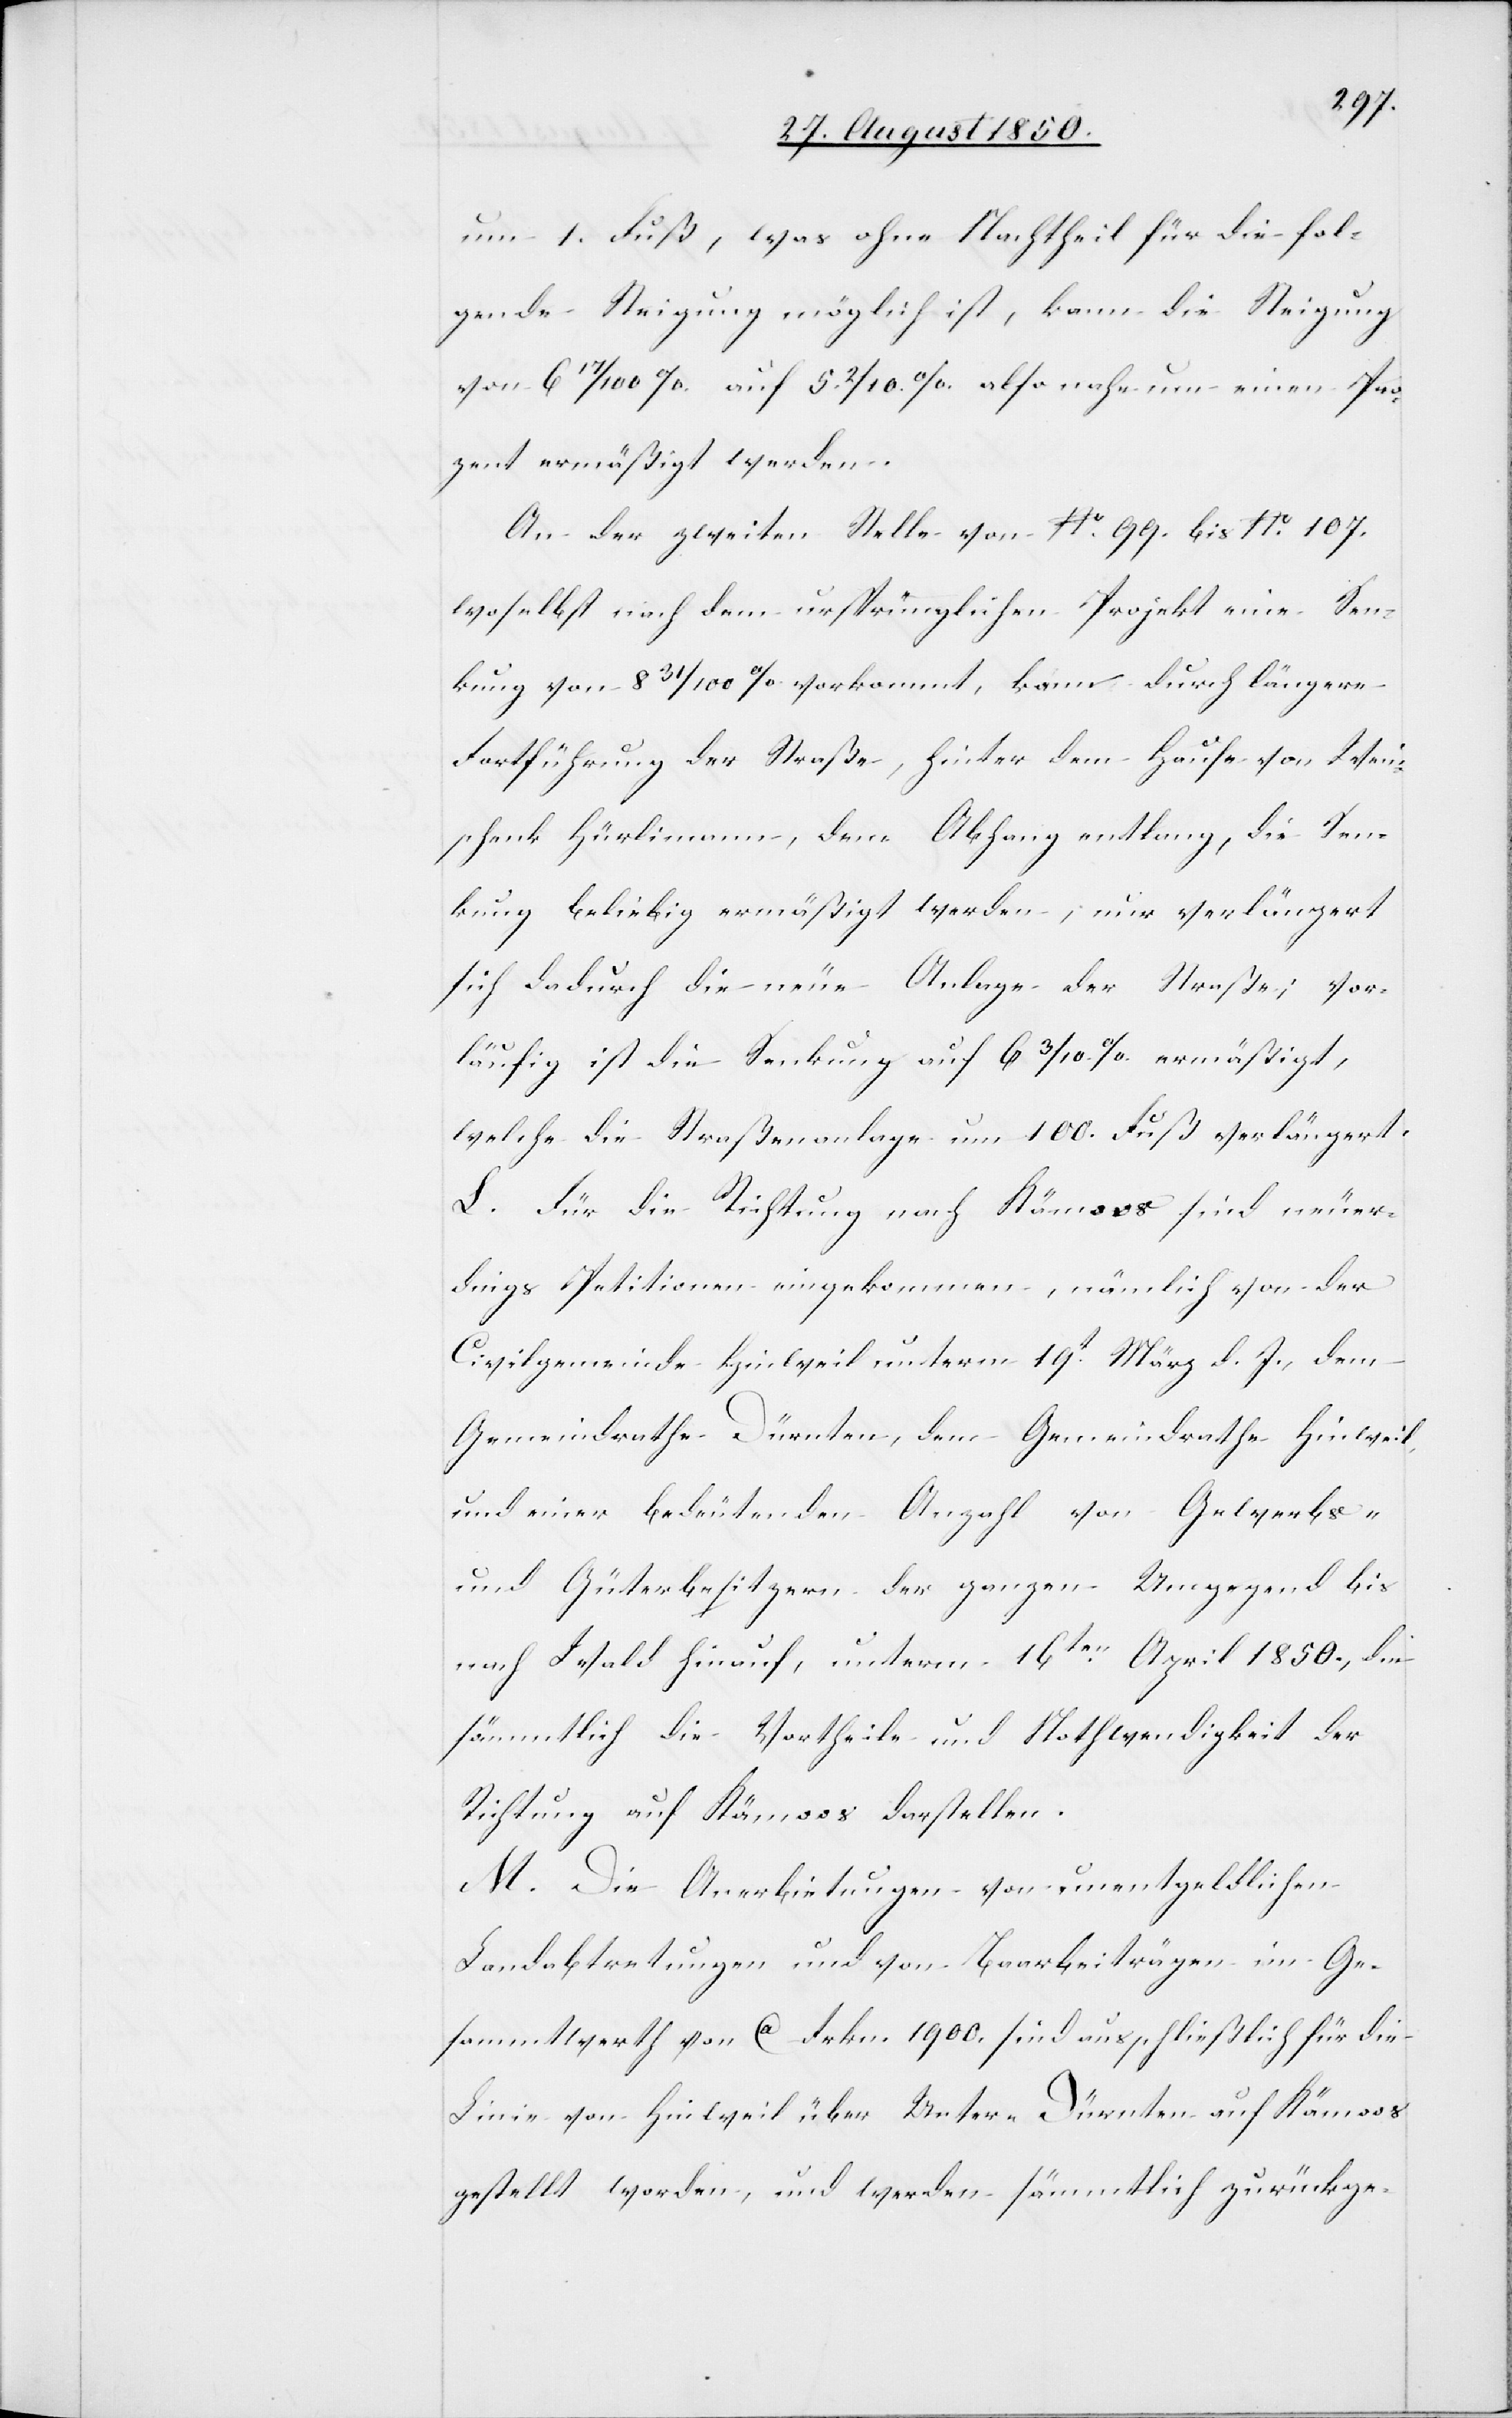
um 1. Fuß, was ohne Nachtheil für die fol¬
gende Steigung möglich ist, kann die Steigung
von 6 17/100 % auf 5 2/10 % also nahe um einen Pro¬
zent ermäßigt werden.
An der zweiten Stelle von No. 99. bis No. 107.
woselbst nach dem ursprünglichen Projekt eine Sen¬
kung von 8 31/100 % vorkommt, kann durch längere
Fortführung der Straße, hinter dem Hause von Wein¬
schenk Hürlimann, dem Abhang entlang, die Sen¬
kung beliebig ermäßigt werden, nur verlängert
sich dadurch die neue Anlage der Straße; vor¬
läufig ist die Senkung auf 6 3/10 % ermäßigt,
welche die Straßenanlage um 100. Fuß verlängert.
L. Für die Richtung nach Kämoss [sic!] sind neuer¬
dings Petitionen eingekommen, nämlich von der
Civilgemeinde Hinweil unterm 19t März d. J., dem
Gemeindrathe Dürnten, dem Gemeindrathe Hinweil,
und einer bedeutenden Anzahl von Gewerbs-
und Güterbesitzern der ganzen Umgegend bis
nach Wald hinauf, unterm 16ten April 1850., die
sämmtlich die Vortheile und Nothwendigkeit der
Richtung auf Kämoos darstellen.
M. Die Anerbietungen von unentgeldlichen
Landabtretungen und von Baarbeiträgen im Ge¬
sammtwerth von ca Frkn. 1900. sind ausschließlich für die
Linie von Hinweil über Unter-Dürnten auf Kämoos
gestellt worden, und werden sämmtlich zurückge-